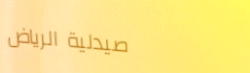
صيدلية الرياض